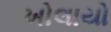
ખોલાયો